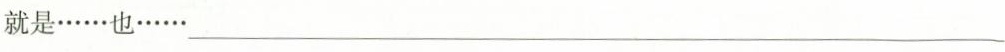
就是……也……___